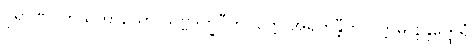
ပုရာဏဂိဟိသဟာယော သဗ္ဗဒုက္ခဝီတိဝတ္တေ အရဟန္တီတိ ပက္ကမိ နန္ဒတ္ထေရံ